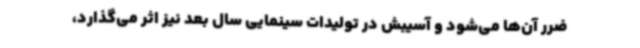
ضرر آن‌ها می‌شود و آسیبش در تولیدات سینمایی سال بعد نیز اثر می‌گذارد،